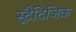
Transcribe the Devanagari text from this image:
स्ट्रैटिजिक